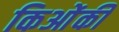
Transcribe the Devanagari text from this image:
किओंकी